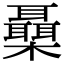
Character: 𣠞